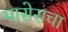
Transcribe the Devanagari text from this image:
मासेसचा